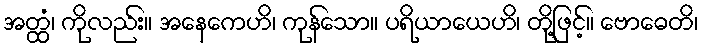
အတ္ထံ၊ ကိုလည်း။ အနေကေဟိ၊ ကုန်သော။ ပရိယာယေဟိ၊ တို့ဖြင့်။ ဗောဓေတိ၊